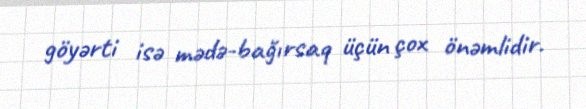
göyərti isə mədə-bağırsaq üçün çox önəmlidir.